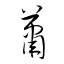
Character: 蕭